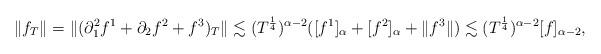
LaTeX: \begin{align*}\| f_T \| = \| (\partial_1^2 f^1 + \partial_2 f^2 + f^3)_T \| \lesssim (T^{\frac{1}{4}})^{\alpha-2}([f^1]_{\alpha} + [f^2]_\alpha + \|f^3\| ) \lesssim (T^{\frac{1}{4}})^{\alpha-2} [f]_{\alpha-2},\end{align*}